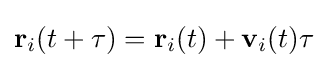
\mathbf {r} _{i}(t+\tau )=\mathbf {r} _{i}(t)+\mathbf {v} _{i}(t)\tau